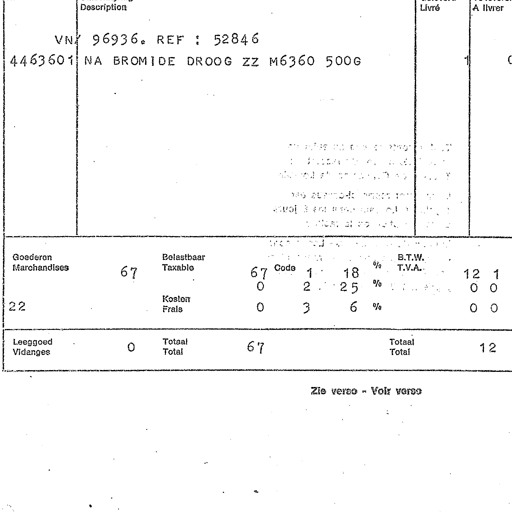
Description
Livré
A livrer
VN 96936. REF : 52846
4463601 NA BROMIDE DROOG ZZ M6360 500G
1
0
Goederen
Marchandises
67
Belastbaar
Taxable
67
Code 1 18 %
B.T.W.
T.V.A.
12 1
0
2 25 %
0 0
22
Kosten
Frais
0
3 6 %
0 0
Leeggoed
Vidanges
0
Totaal
Total
67
Totaal
Total
12
Zie verso - Voir verso